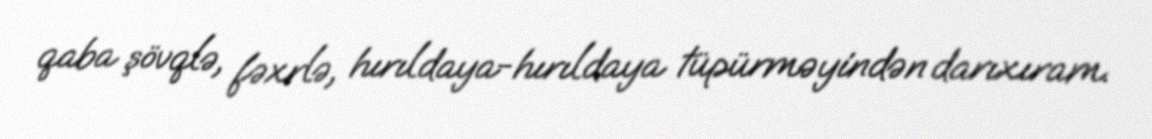
qaba şövqlə, fəxrlə, hırıldaya-hırıldaya tüpürməyindən darıxıram.